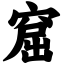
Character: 窟